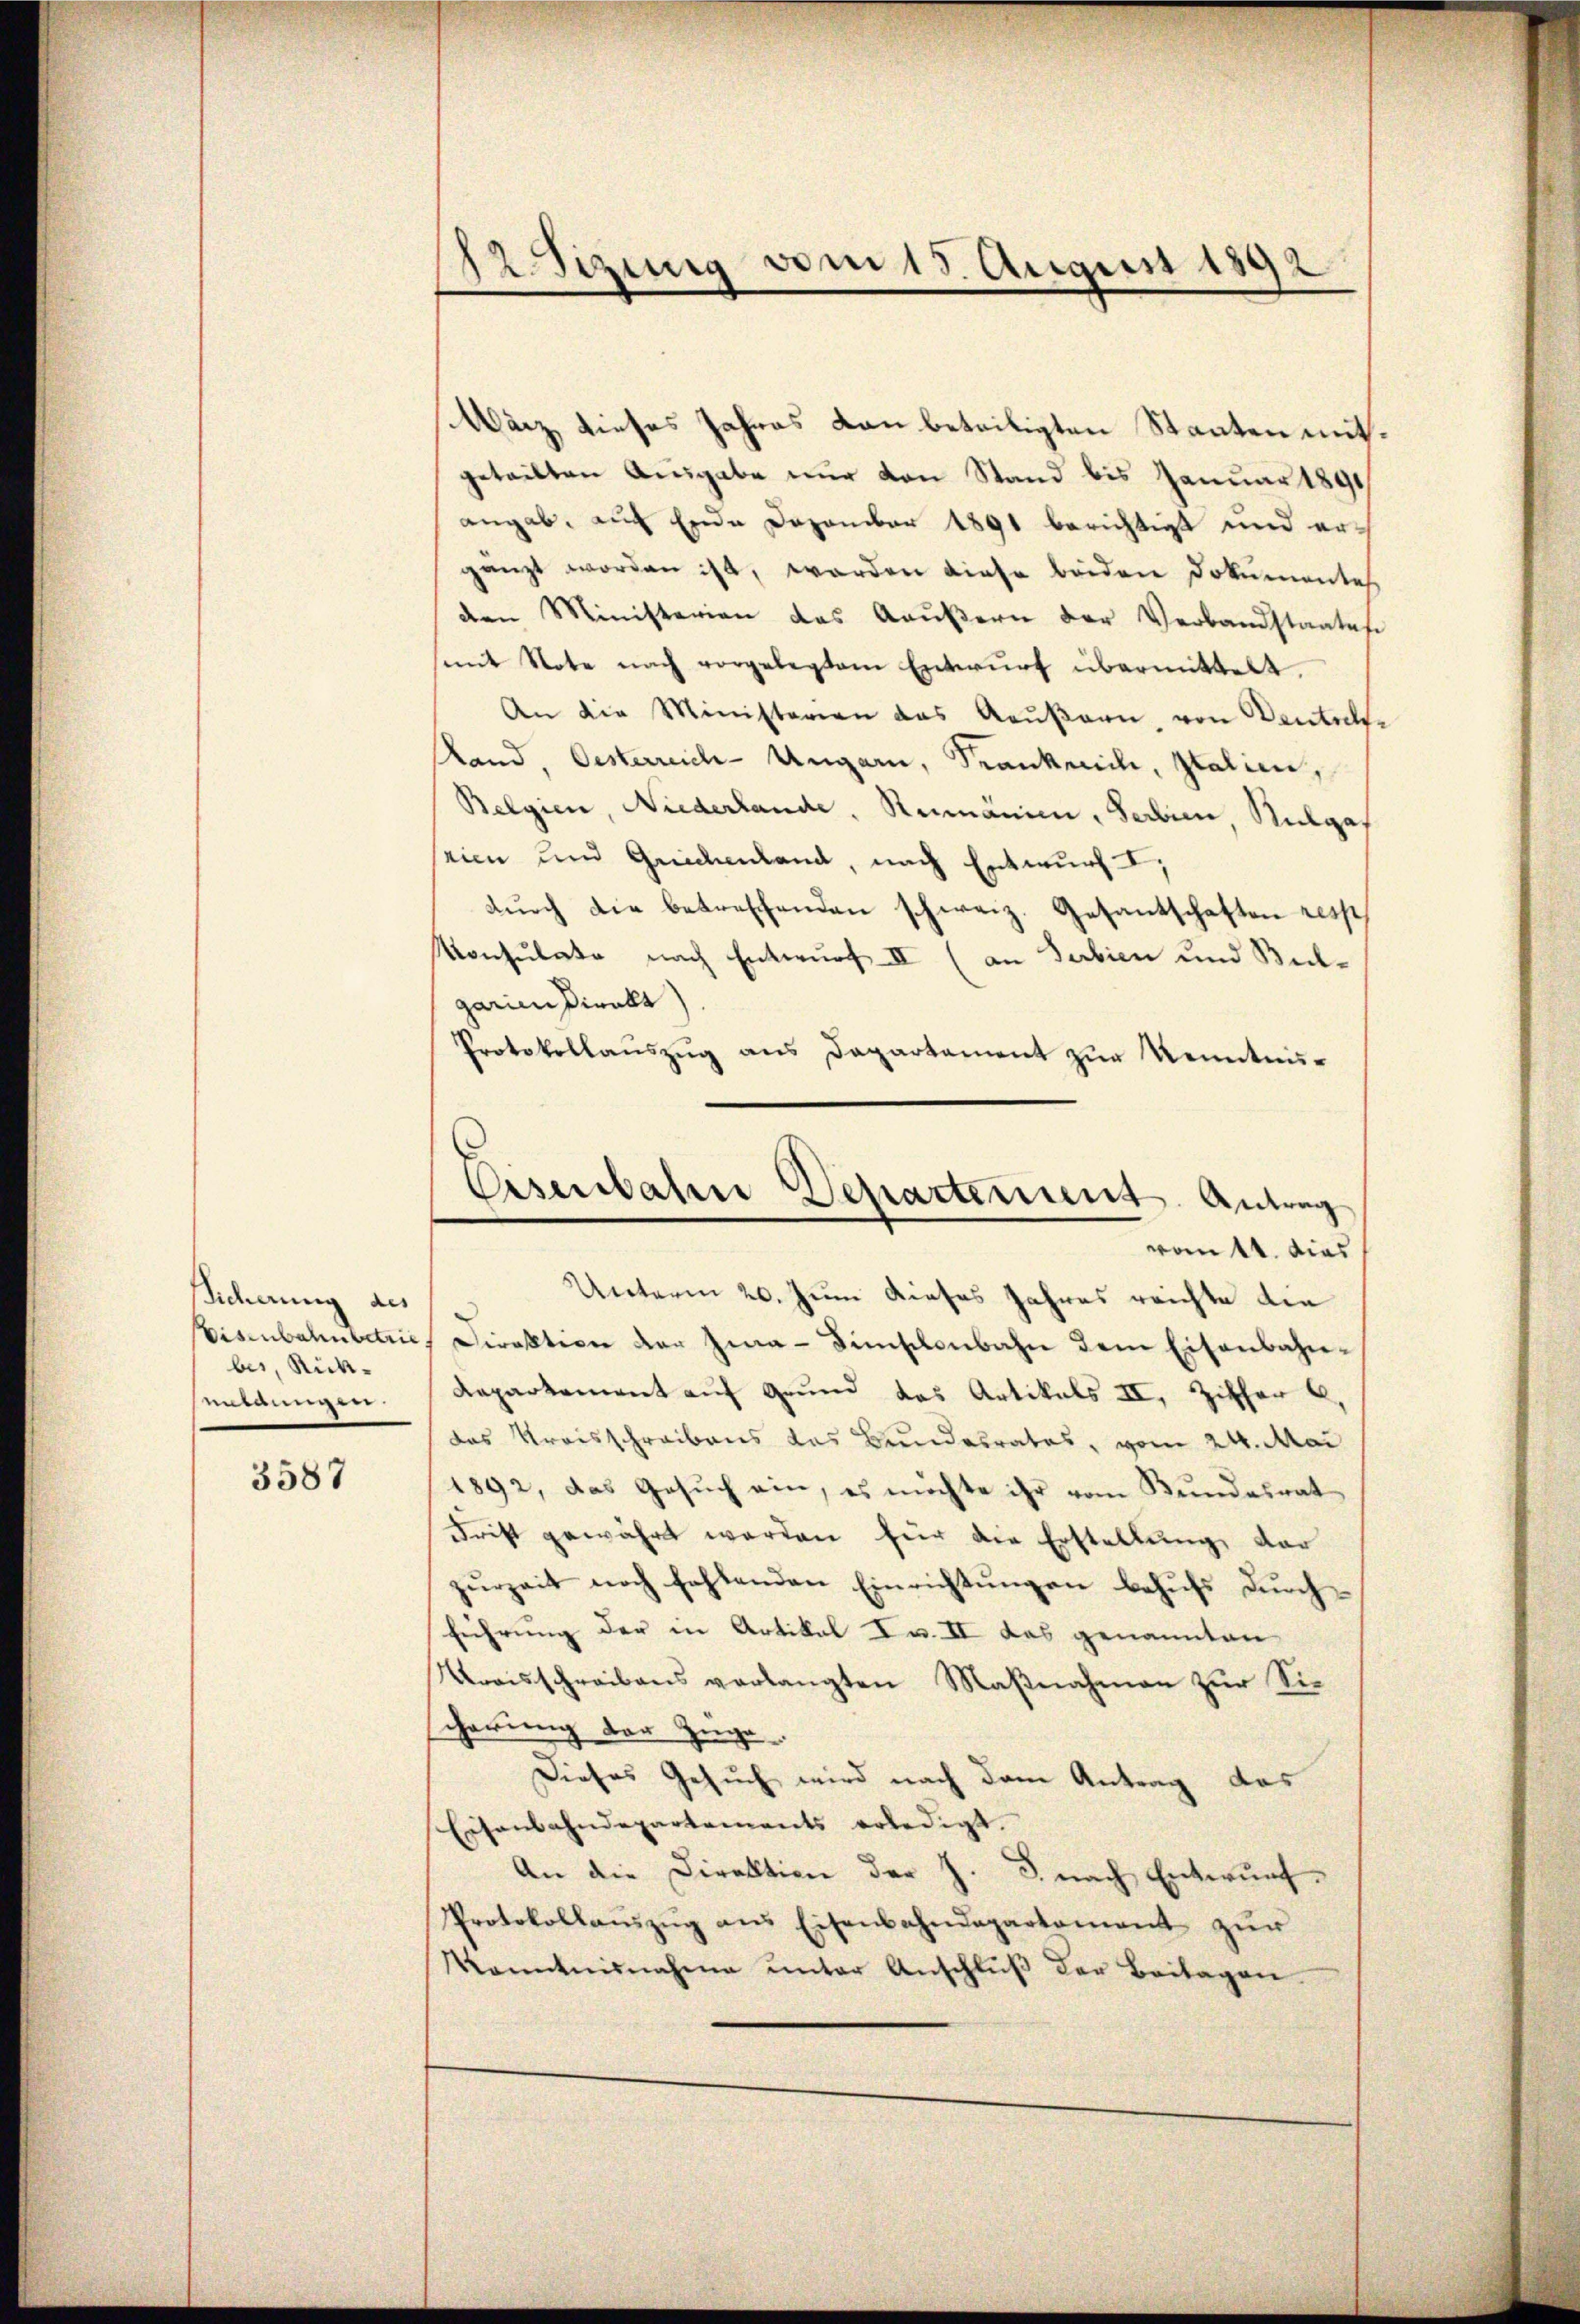
Sicherung des
Eisenbahnbetrie
bes, Rick-
snildungen.

3587

12 Sizung vom 15. August 1892

Eisenbahn Departement. Antrag

Wärz dieses Jahres Lan beteiligten Staaten mit.
geteilten Ausgabe nur von Stand bis Januar 1891/
angab, auf Ende Dezember 1891 berichtigt und arch
gänzt worden ist, worden diese beiden Dokumentes.
den Ministerien das Aeußern der Verbandstaates
mit Note nach vorgelegtem Entwŭrf übermittelt.
An die Ministerien das Aeußern, von Deutsch¬
Land, Oesterreich-Ungarn, Kranke ich, Italien,
Belgien, Niederlande, Rumänien, Serbin, Nulga
seien und Guidenland, nach Entwurf I,
dŭrch die betreffenden schweiz. Gesantschaften resp
Konsulate nach Entwurf III (an Serbien und Beiparien direkt
Protokollaŭszŭg ans Departement zur Kenntnisvontt. dies
Unterm 20. Juni dieses Jahres reichte die
Direktion der Zwa-Fünschenbahn dem Eisenbahn¬
Daparkament auf Grund das Artikals II, Zither
das Kreisschreibens das Bundesrates, vom 24. Mai
1892, das Gesuch ein, es möchte ihr vom Bundesrat
Frist gewährt werden für die Erstellung, dar
zurzeit noch fehlenden Einrichtungen behufs durchführung der in Artikal Iw. II das genannten
Kraisschreibens verlangten Maßnahmen zur Sischerung der Züge
Dieses Gesuch wird nach dem Antrag das
Eisenbahndepartements erledigt.
An die Direktion der J. J. nach Entwurf.
Protokollaŭszŭg ans Eisenbahndepartement zur
Kanntnisnahme unter Anschluß der Beitagen